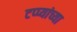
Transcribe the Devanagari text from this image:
टप्प्यांच्या